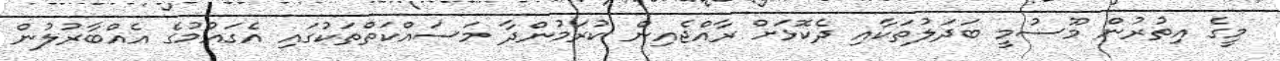
މީގެ އިތުރުން މޫސުމީ ބަދަލުތަކާއި ދެކޮޅަށް ރާއްޖެއިން ކުރަމުންދާ މަސައްކަތްތަކުގައި އެގައުމުގެ އެއްބާރުލުން